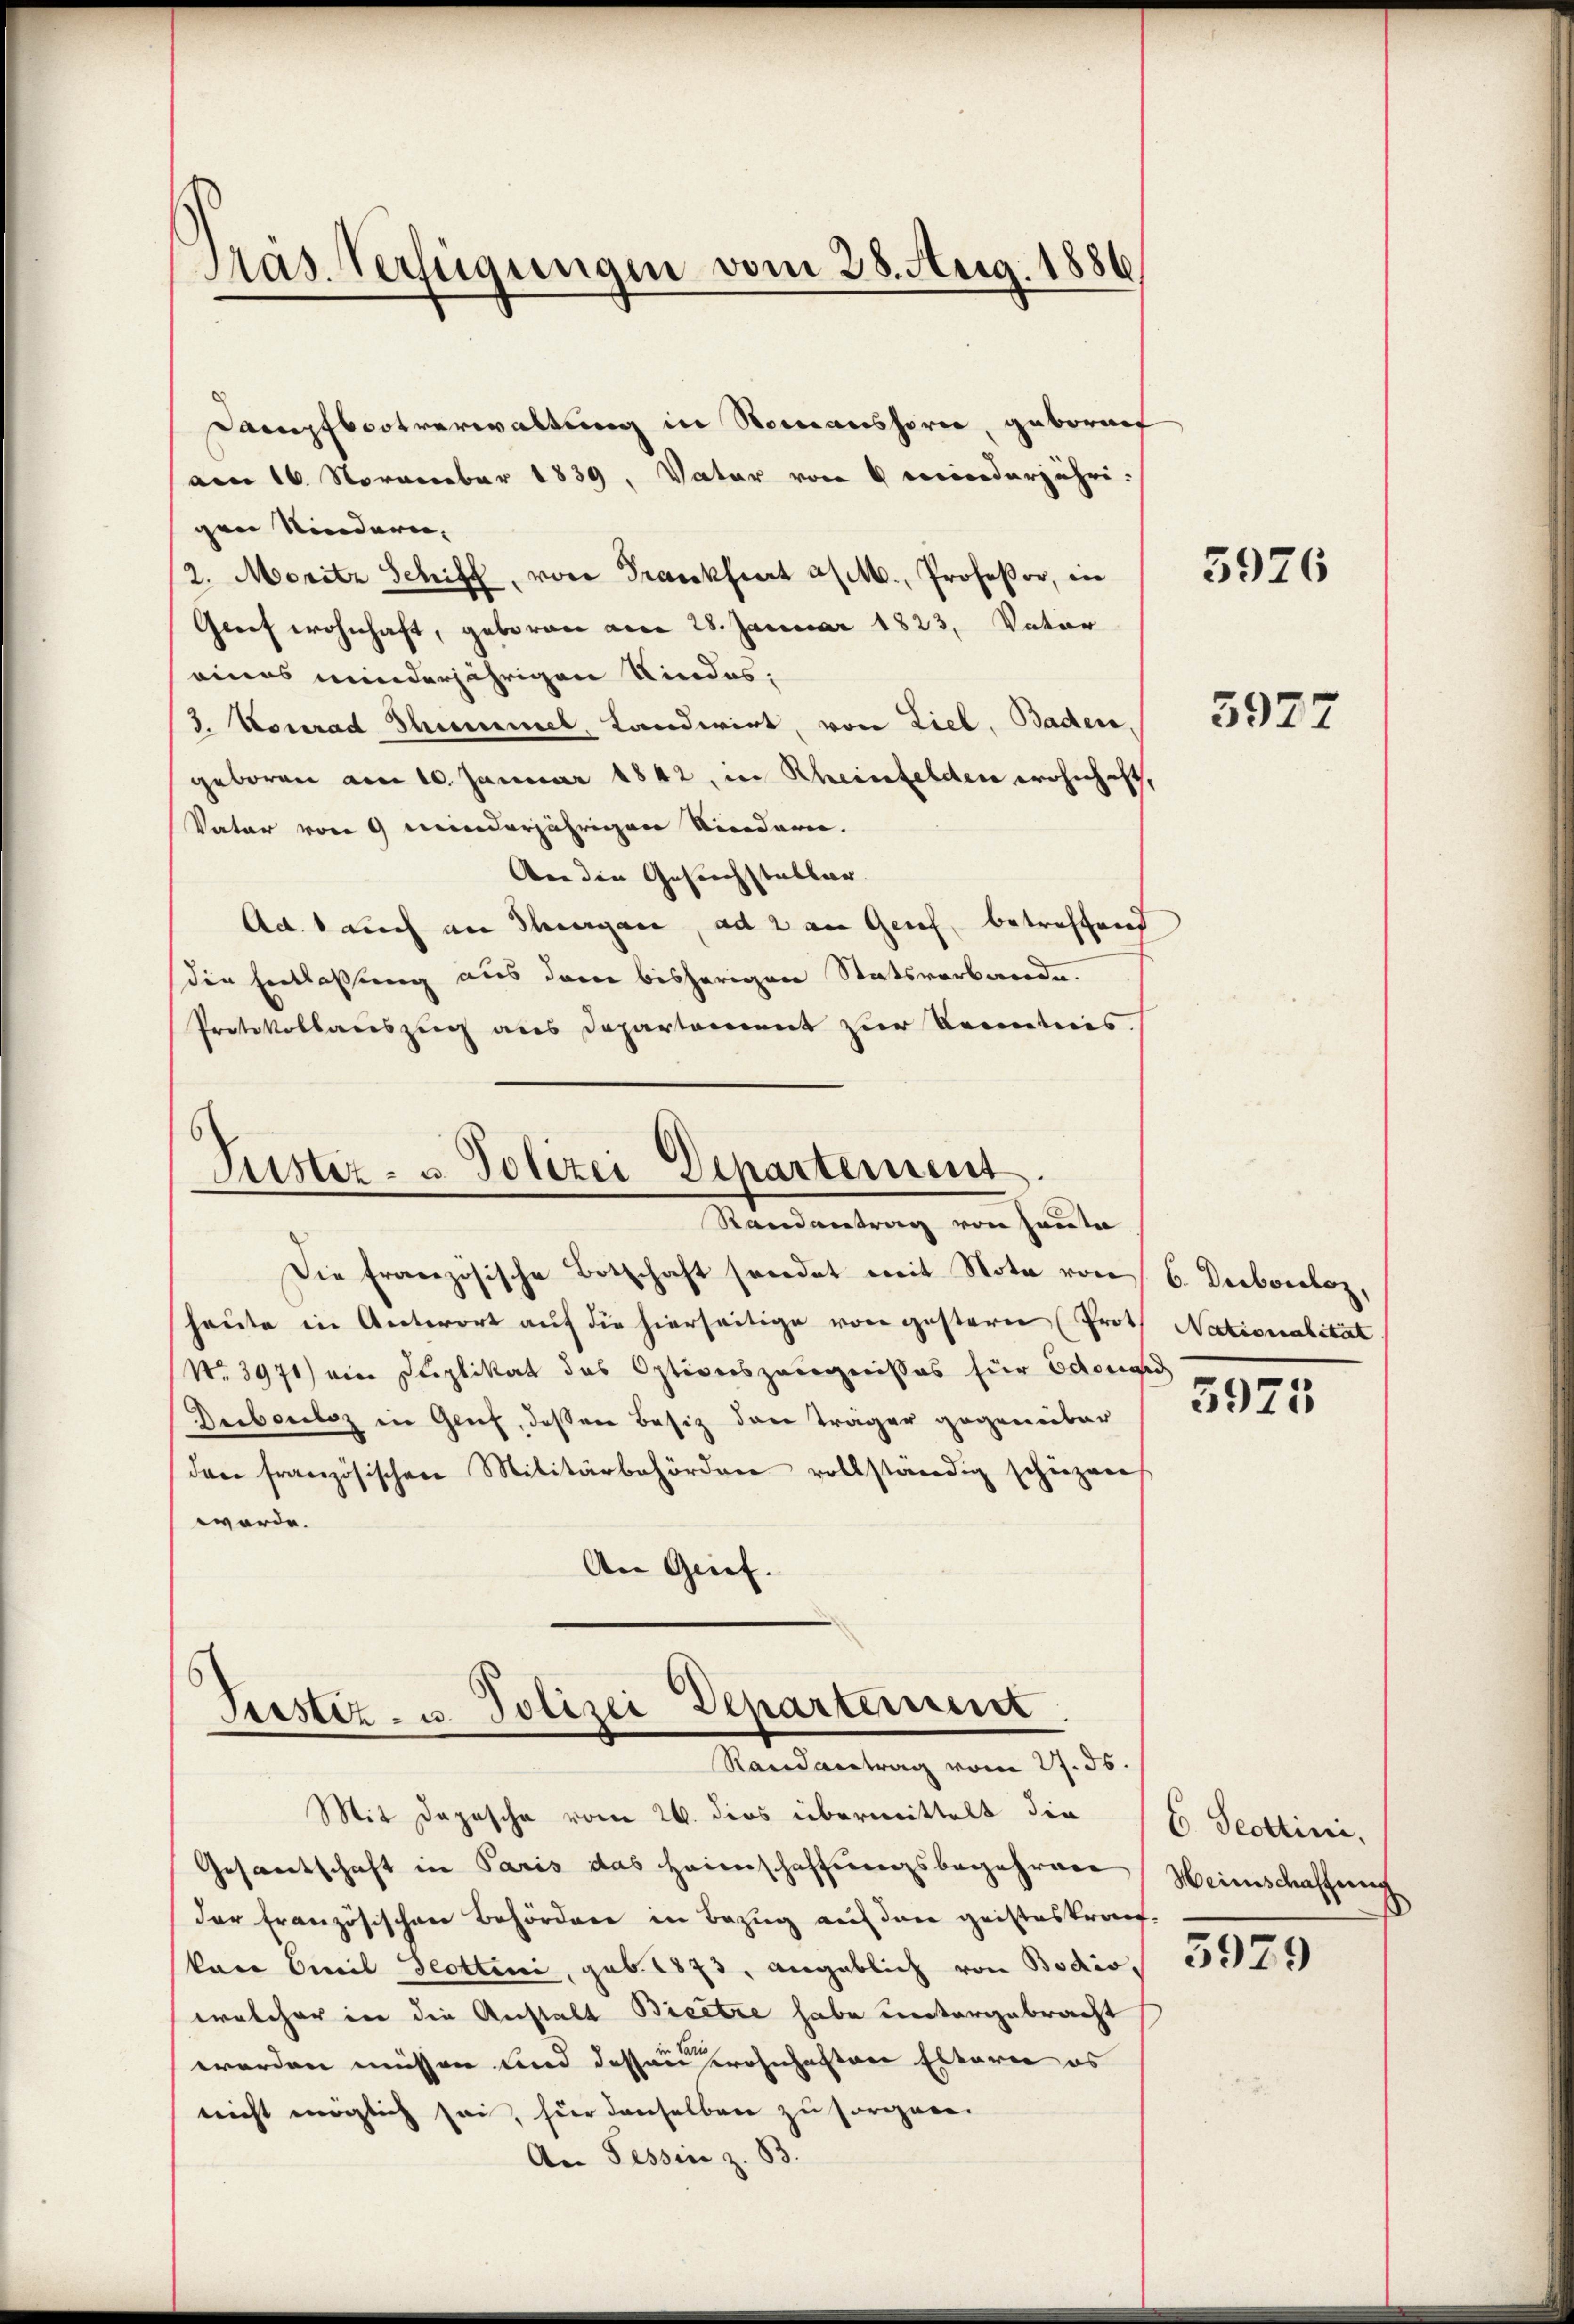
Dampfbootverwaltung in Steinaushorn, gebornet
(am 16. November 1839, Vater von 4 minderjährigen Kindern,
/2. Moritz Schiff, von Frankfiert a/M., Profeßor, in
Greif wohnhaft, geboren am 28. Januar 1823. Vater
eines minderjährigen Kindes:
3. Konrad Summel, Landwirt, von Ziel, Baden,
geboren am 10. Januar 1842, in Rheinfelden wohnhaft,
Vater von 9 minderjährigen Niedern.
An die Gesuchstabler
Ad. 1 auch an Thurgau, ad 2 an Gries, betreffend
die Entlaßung aus dem bisherigen Statsverbande.
Protokollauszug aus Departement zur Kenntnis.

Gras Verfügungen vom 28. Aug. 1886

Die französische Botschaft sendet mit Note von 6. Dubouloz,
heute in Antwort auf die hierseitige von gestern (Proth Nationalität
No 3971) ein Duplikat des Optionszeugnisses für Edouard
Deibouloz in Genf, deßen Besiz den Träger gegenüber
dan französischen Militärbehörden vollständig schiehenes
worde.
An Grief.

Justiz- u. Polizei Departement
Randantrag von sante

Terstiz- u. Polizei Departement
Randantrag vom 27. 5.
Mit Depesche vom 26. dies übermittelt die

Gesantschaft in Paris das Heimschaffungsbegehren
der französischen Behördere in Bezug auf den geisteskrauf-
kane Emil Scottini, geb. 1873, angeblich von Bodio,
welcher in die Anstalt Bieetze habe untergebracht
worden müssen und dassen wohnhaften Eltern es
nicht möglich sei, hier denselben zu sorgen.
An Tessin z. B.

3926

5977

5975

C. Scottini,
Heinschaffung

5929